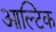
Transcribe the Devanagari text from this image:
आल्टिक